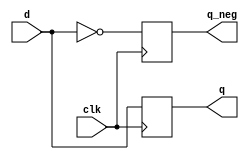
module cbb_d(d,clk,q,q_neg);
input d,clk;
output q,q_neg;
reg q,q_neg;
always @(posedge clk)
begin
q<=d;
q_neg<=~d;
end
endmodule